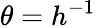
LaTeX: \theta=h^{-1}